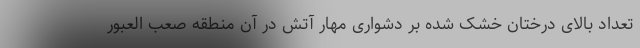
تعداد بالای درختان خشک شده بر دشواری مهار آتش در آن منطقه صعب العبور